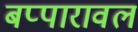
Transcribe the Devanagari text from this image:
बप्पारावल